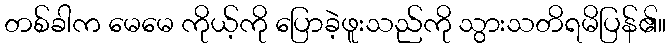
တစ်ခါက မေမေ ကိုယ့်ကို ပြောခဲ့ဖူးသည်ကို သွားသတိရမိပြန်၏။